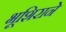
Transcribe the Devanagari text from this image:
भूशिराने